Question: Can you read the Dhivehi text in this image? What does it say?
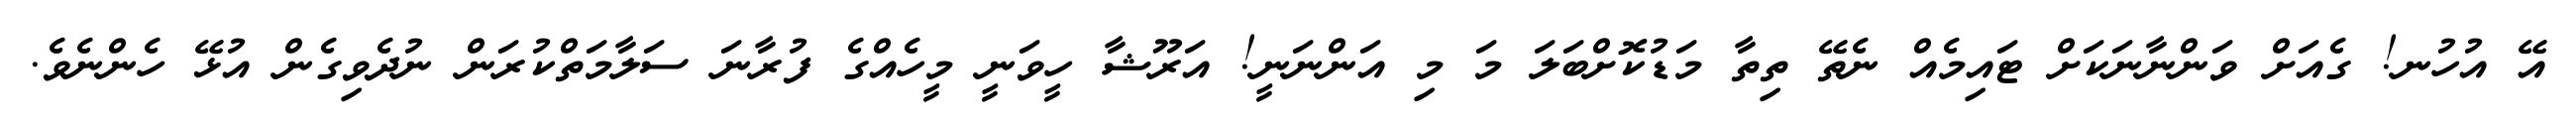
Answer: އޭ އުހުނ! ގެއަށް ވަންނާނަކަށް ޓައިމެއް ނެތޭ ތިތާ މަޑުކޮށްބަލަ މަ މި އަންނަނީ! އަރޫޝާ ހީވަނީ މީހެއްގެ ފުރާނަ ސަލާމަތްކުރަން ނުދެވިގެން އުޅޭ ހެންނެވެ.